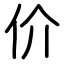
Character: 价